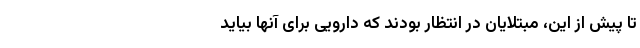
تا پیش از این، مبتلایان در انتظار بودند که دارویی برای آنها بیاید